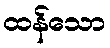
ထန်သော